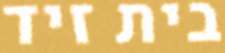
בית זיד